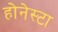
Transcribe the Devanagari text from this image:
होनेस्टा